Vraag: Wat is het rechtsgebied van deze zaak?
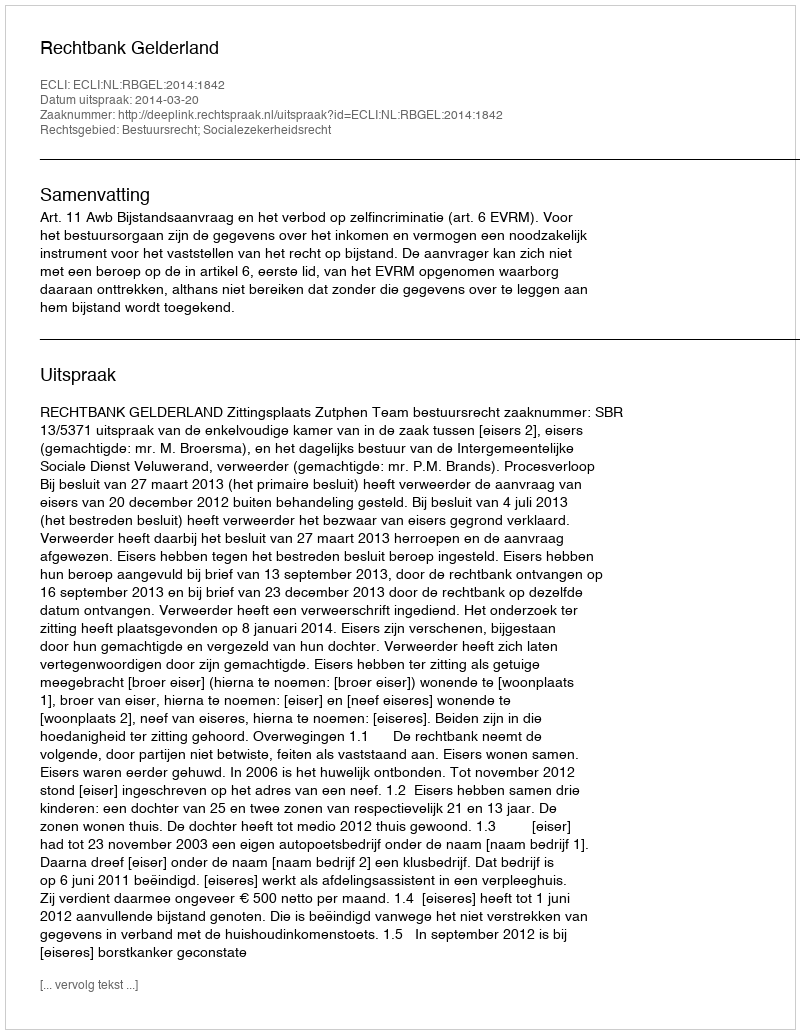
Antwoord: Bestuursrecht; Socialezekerheidsrecht